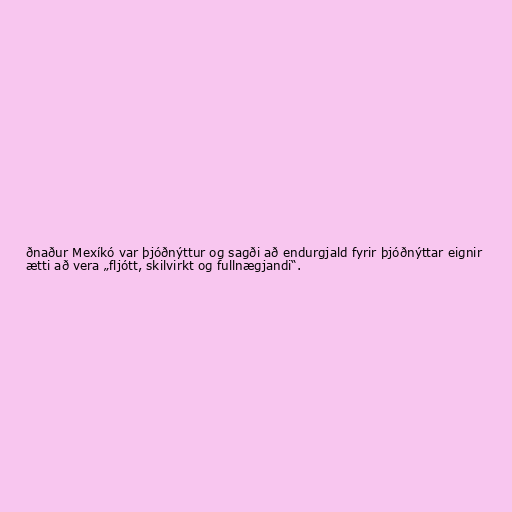
ðnaður Mexíkó var þjóðnýttur og sagði að endurgjald fyrir þjóðnýttar eignir
ætti að vera „fljótt, skilvirkt og fullnægjandi“.